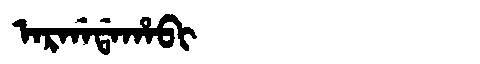
Manchu: ᠠᡵᡤᠠᡩᠠᡥᠠᠪᡳ
Romanization: ARGADAHABI